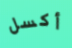
أكسل